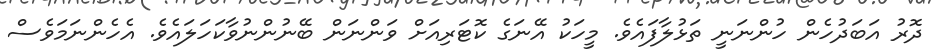
ދޮރު އަބަދުހެން ހުންނަނީ ތަޅުލާފައެވެ. މީހަކު އޭނަގެ ކޮޓަރިއަށް ވަންނަން ބޭނުންނުވާކަހަލައެވެ. އެހެންނަމަވެސް